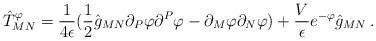
LaTeX: \begin{align*}\hat{T}_{MN}^{\varphi} = {1 \over 4 \epsilon} ( \frac{1}{2} \hat{g}_{MN}\partial_{P}\varphi \partial^{P}\varphi - \partial_{M}\varphi \partial_{N}\varphi ) + \frac{V}{\epsilon} e^{-\varphi} \hat{g}_{MN} \: .\end{align*}